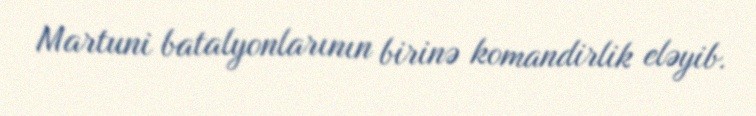
Martuni batalyonlarının birinə komandirlik eləyib.